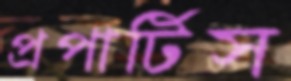
প্রপার্টিস